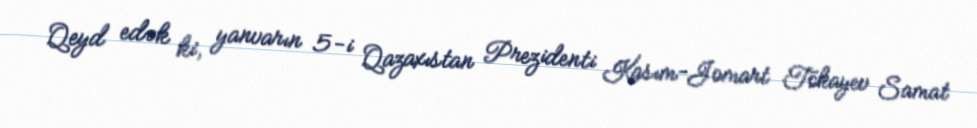
Qeyd edək ki, yanvarın 5-i Qazaxıstan Prezidenti Kasım-Jomart Tokayev Samat